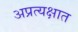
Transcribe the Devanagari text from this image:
अप्रत्यक्षात